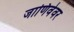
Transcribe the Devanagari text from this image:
जाणिवेवर